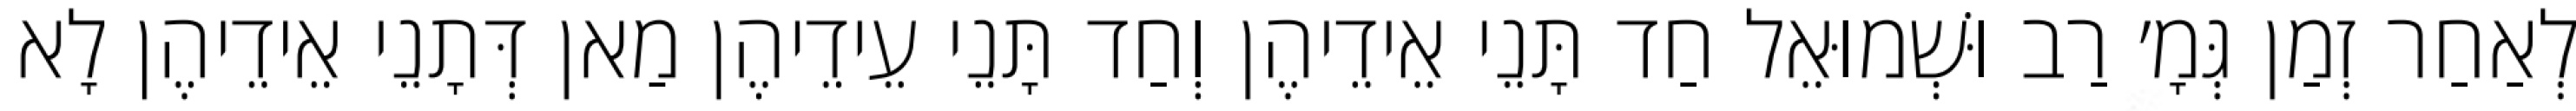
לְאַחַר זְמַן גְּמָ׳ רַב וּשְׁמוּאֵל חַד תָּנֵי אֵידֵיהֶן וְחַד תָּנֵי עֵידֵיהֶן מַאן דְּתָנֵי אֵידֵיהֶן לָא